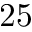
2 5